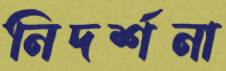
নিদর্শনা